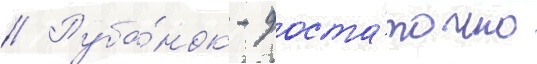
// Руба́нок - доста́точно